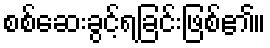
စစ်ဆေးခွင့်ရခြင်းဖြစ်၏။